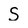
Character: S